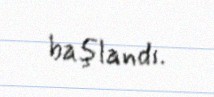
başlandı.